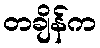
တချိန်က